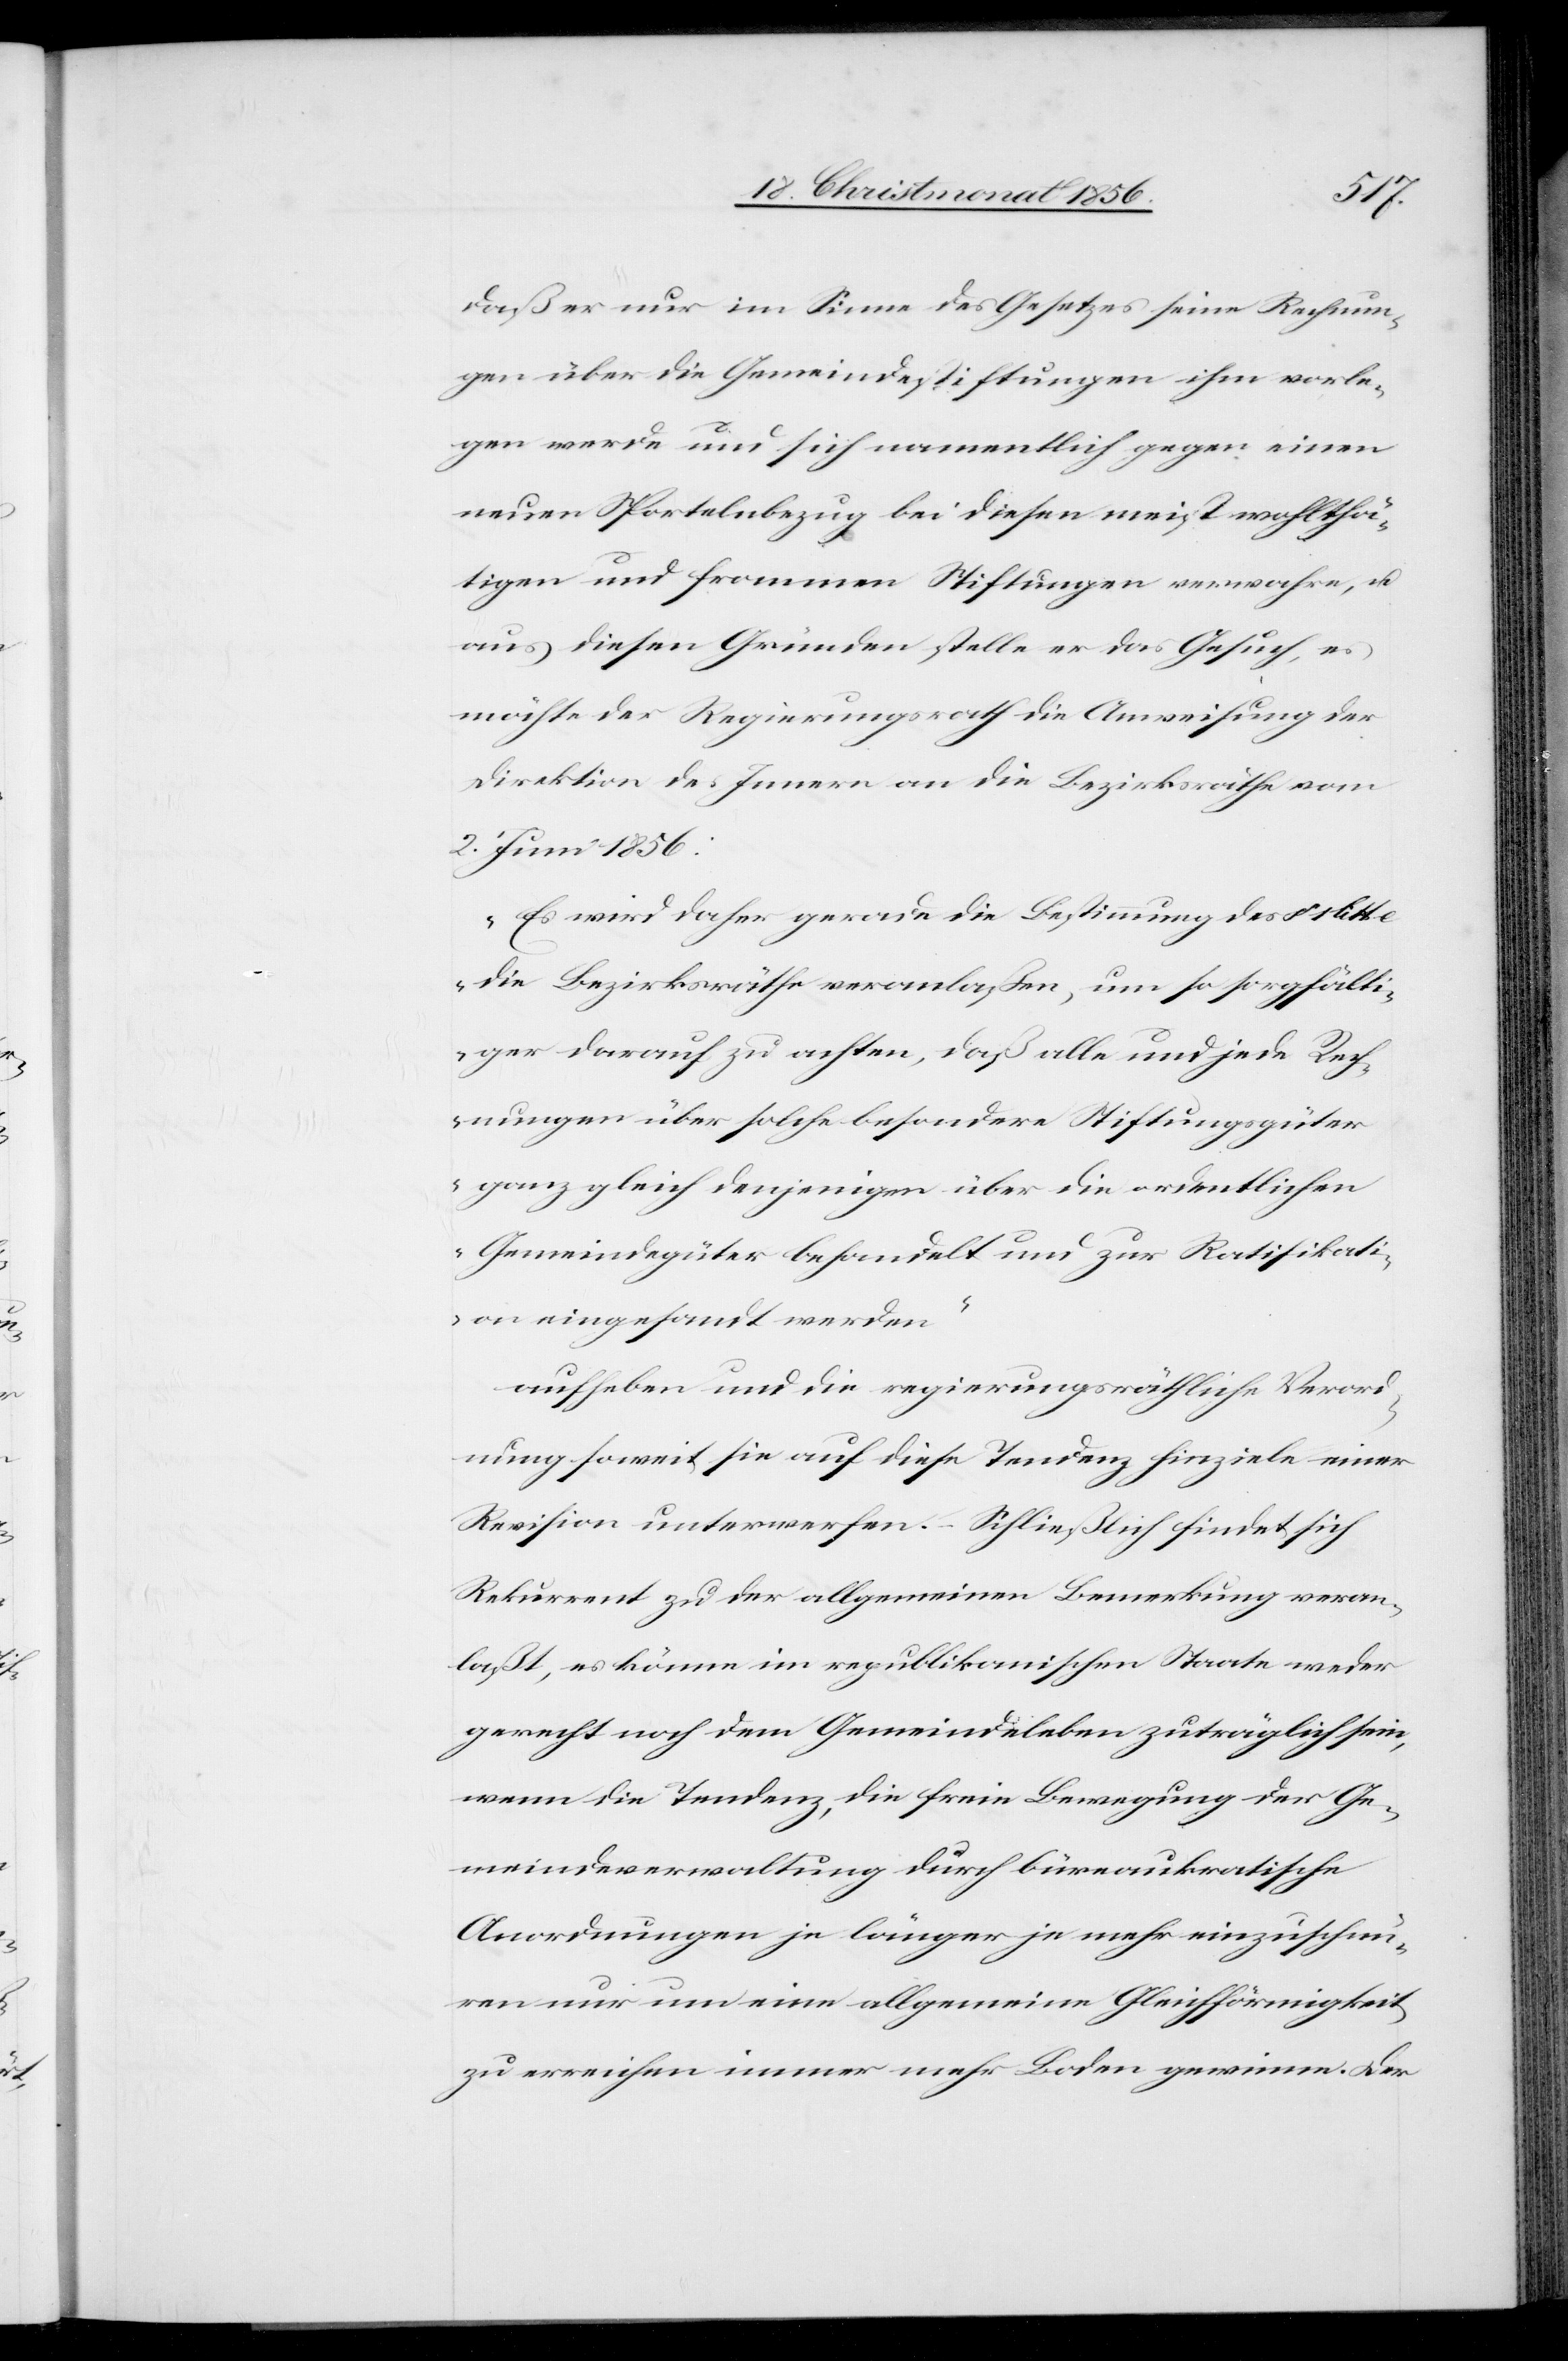
tt.
daß er nur im Sinne des Gesetzes seine Rechnun¬
gen über die Gemeindestiftungen ihm vorle¬
gen werde und sich namentlich gegen einen
neuen Sportelnbezug bei diesen meist wohlthä¬
tigen und frommen Stiftungen verwahre, u.
aus diesen Gründen stelle er das Gesuch, es
möchte der Regierungsrath die Anweisung der
Direktion des Innern an die Bezirksräthe vom
2. Juni 1856:
„Es wird daher gerade die Bestimmung des § 1 li¬
die Bezirksräthe veranlaßen, um so sorgfälti¬
ger darauf zu achten, daß alle und jede Rech¬
nungen über solche besondere Stiftungsgüter
ganz gleich denjenigen über die ordentlichen
Gemeindegüter behandelt und zur Ratifikati¬
on eingesandt werden“
aufheben und die regierungsräthliche Verord¬
nung soweit sie auf diese Tendenz hinziele einer
Revision unterwerfen. – Schließlich findet sich
Rekurrent zu der allgemeinen Bemerkung veran¬
laßt, es könne im republikanischen Staate weder
gerecht noch dem Gemeindeleben zuträglich sein,
wenn die Tendenz, die freie Bewegung der Ge¬
meindeverwaltung durch büreaukratische
Anordnungen je länger je mehr einzuschnü¬
ren nur um eine allgemeine Gleichförmigkeit
zu erreichen immer mehr Boden gewinne. Der